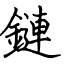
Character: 鏈